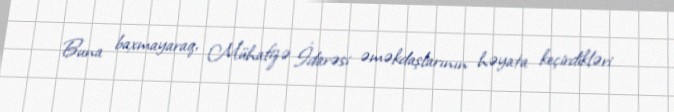
Buna baxmayaraq, Mühafizə İdarəsi əməkdaşlarının həyata keçirdikləri